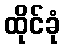
ထိုင်ခုံ